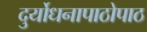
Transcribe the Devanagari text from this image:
दुर्योधनापाठोपाठ